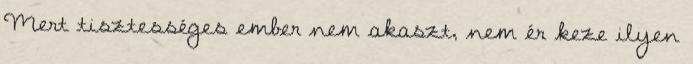
Mert tisztességes ember nem akaszt, nem ér keze ilyen